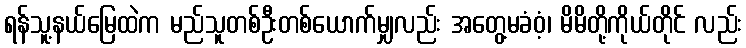
ရန်သူ့နယ်မြေထဲက မည်သူတစ်ဦးတစ်ယောက်မျှလည်း အတွေ့မခံဝံ့၊ မိမိတို့ကိုယ်တိုင် လည်း